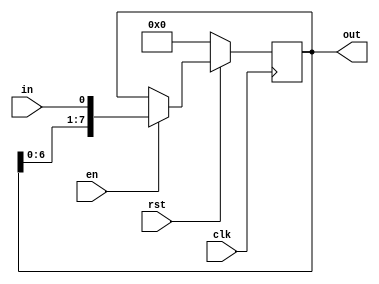
module shift_register_v (
input clk,
input en,
input rst,
input in,
output reg [7:0] out);

always @ (posedge clk)
	if (rst == 1'b0) 
	out <= 8'b0;
	else begin
	if (en)
	out <= {out[6:0], in};
	else 
	out <= out;
	end

endmodule